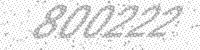
Solution: 800222